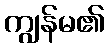
ကျွန်မ၏